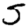
Digit: 5